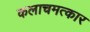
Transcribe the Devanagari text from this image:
कलाचमत्कार